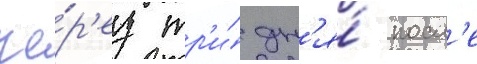
че́р'ез тр'и́ дн'я́ посл'е